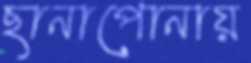
ছানাপোনায়